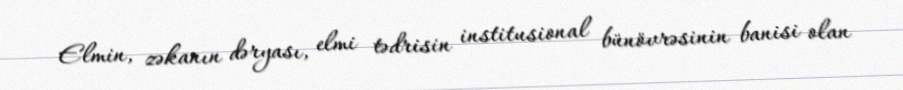
Elmin, zəkanın dəryası, elmi tədrisin institusional bünövrəsinin banisi olan